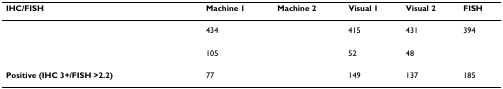
<table><thead><tr><td><b>IHC/FISH</b></td><td><b>Machine 1</b></td><td><b>Machine 2</b></td><td><b>Visual 1</b></td><td><b>Visual 2</b></td><td><b>FISH</b></td></tr></thead><tbody><tr><td>[EMPTY_CELL]</td><td>434</td><td>[EMPTY_CELL]</td><td>415</td><td>431</td><td>394</td></tr><tr><td>[EMPTY_CELL]</td><td>105</td><td>[EMPTY_CELL]</td><td>52</td><td>48</td><td>[EMPTY_CELL]</td></tr><tr><td><b>Positive (IHC 3+/FISH &gt;2.2)</b></td><td>77</td><td>[EMPTY_CELL]</td><td>149</td><td>137</td><td>185</td></tr></tbody></table>